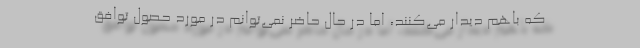
که باهم دیدار می‌کنند، اما در حال حاضر نمی‌توانم در مورد حصول توافق